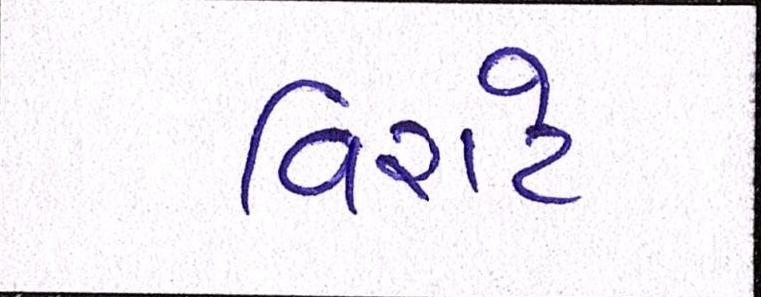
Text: વિરાટે